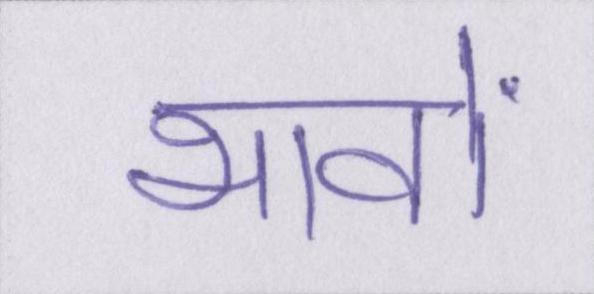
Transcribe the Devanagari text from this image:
भावों